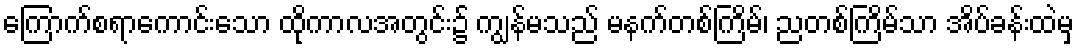
ကြောက်စရာကောင်းသော ထိုကာလအတွင်း၌ ကျွန်မသည် မနက်တစ်ကြိမ်၊ ညတစ်ကြိမ်သာ အိပ်ခန်းထဲမှ